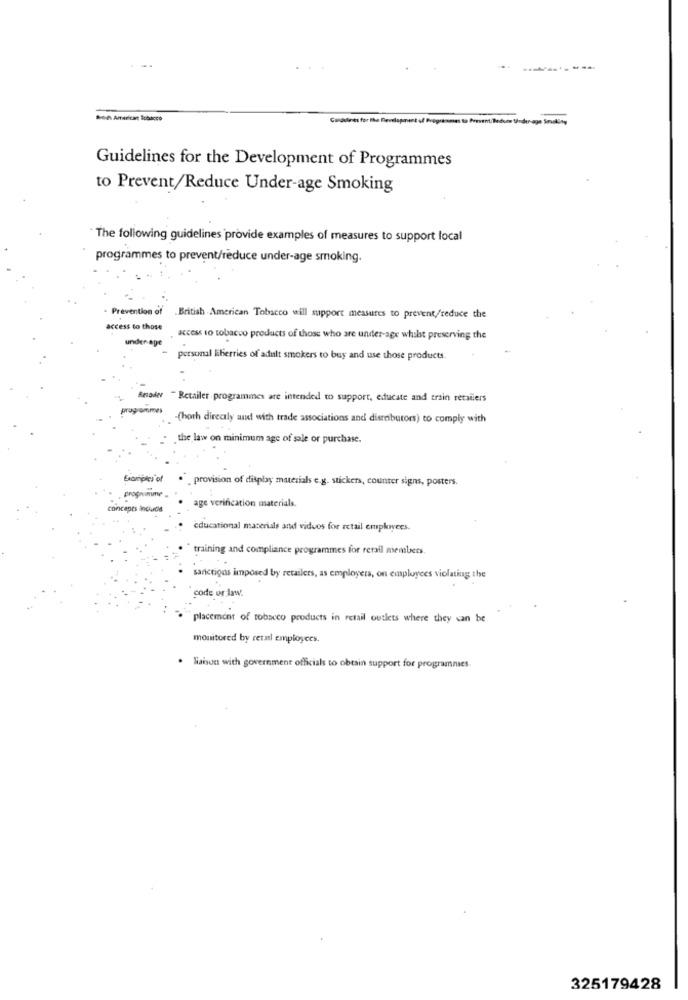
a- American Tobacco
Goldtienes for The Development of Programmes to Prevent Beduce tinder
Guidelines for the Development of Programmes
to Prevent/Reduce Under-age Smoking
The following guidelines provide examples of measures to support local
programmes to prevent/reduce under-age smoking.
Prevention of British American Tobacco will support measures to prevent/reduce the
access to those
under age
access to tobacco products of those who are under-age whilst preserving the
personal liberries of adult smokers to buy and use those products.
Besoder - Retailer programmes are intended to support, educate and train retailers
programyroes
-(hoth directly and with trade associations and disrobutors) to comply with
the law on minimum age of sale or purchase.
provision of display materials e.g. stickers, counter signs, posters.
concaprs include
age verification materials.
educational materials and videos for retail employees.
training and compliance programmes for retail members.
sanctions imposed by retailers, as employers, on employees violating the
code or law.
placement of tobacco products in retail outlets where they can be
monitored by retail employees.
.
labun with government officials to obtain support for programnies.
325179428